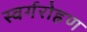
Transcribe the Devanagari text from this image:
स्वर्गरोहण